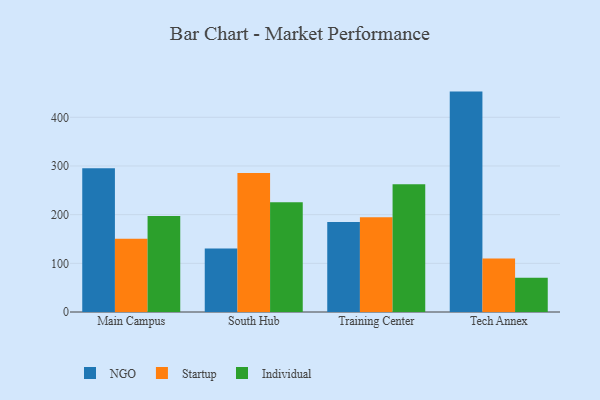
{"axis": {"x": "Campus", "y": "Satisfaction Score"}, "legend": ["Individual", "NGO", "Startup"], "data": [{"x": "Main Campus", "y": 295.5, "type": "NGO"}, {"x": "Main Campus", "y": 150.5, "type": "Startup"}, {"x": "Main Campus", "y": 197.3, "type": "Individual"}, {"x": "South Hub", "y": 130.7, "type": "NGO"}, {"x": "South Hub", "y": 285.4, "type": "Startup"}, {"x": "South Hub", "y": 225.6, "type": "Individual"}, {"x": "Training Center", "y": 184.7, "type": "NGO"}, {"x": "Training Center", "y": 194.8, "type": "Startup"}, {"x": "Training Center", "y": 262.4, "type": "Individual"}, {"x": "Tech Annex", "y": 452.8, "type": "NGO"}, {"x": "Tech Annex", "y": 109.8, "type": "Startup"}, {"x": "Tech Annex", "y": 70.5, "type": "Individual"}]}